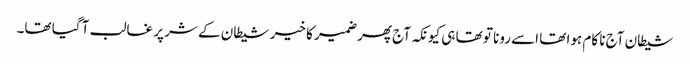
شیطان آج نا کام ہوا تھا اسے رونا تو تھا ہی کیونکہ آج پھر ضمیر کا خیر شیطان کے شر پر غالب آ گیا تھا۔